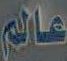
عالم